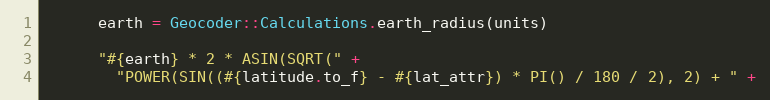
Language: Ruby
      earth = Geocoder::Calculations.earth_radius(units)

      "#{earth} * 2 * ASIN(SQRT(" +
        "POWER(SIN((#{latitude.to_f} - #{lat_attr}) * PI() / 180 / 2), 2) + " +